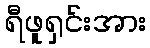
ရီဖူရှင်းအား